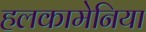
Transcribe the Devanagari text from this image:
हलकामेनिया